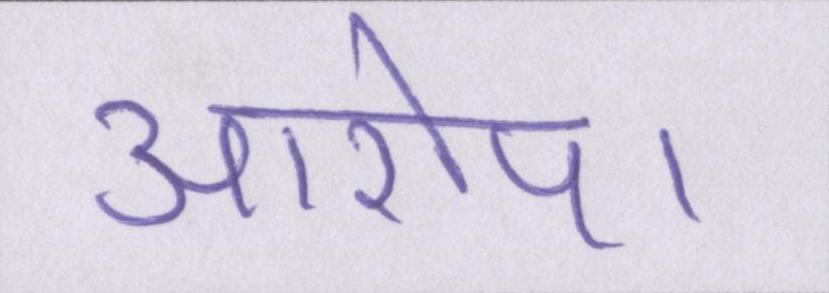
आरोप।